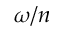
\omega / n